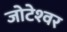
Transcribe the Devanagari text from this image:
जोटेश्‍वर